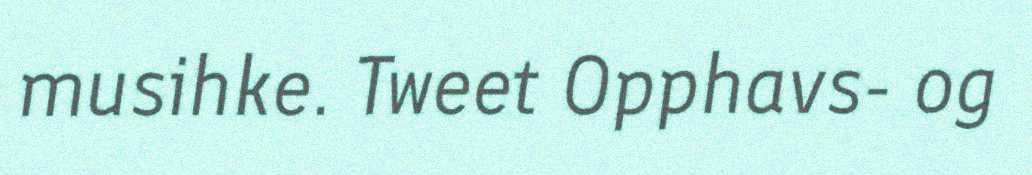
musihke. Tweet Opphavs- og